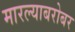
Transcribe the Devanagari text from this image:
मारल्याबरोबर